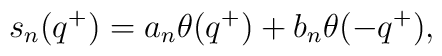
s_{n}(q^{+})=a_{n}\theta(q^{+})+b_{n}\theta(-q^{+}),